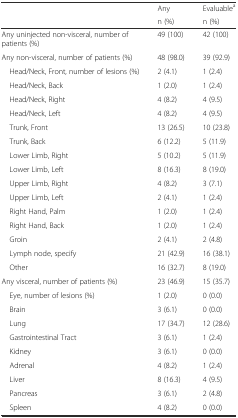
<table><thead><tr><td rowspan="2"></td><td><b>Any</b></td><td><b>Evaluable<sup>a</sup></b></td></tr><tr><td><b>n (%)</b></td><td><b>n (%)</b></td></tr></thead><tbody><tr><td>Any uninjected non-visceral, number of patients (%)</td><td>49 (100)</td><td>42 (100)</td></tr><tr><td>Any non-visceral, number of patients (%)</td><td>48 (98.0)</td><td>39 (92.9)</td></tr><tr><td> Head/Neck, Front, number of lesions (%)</td><td>2 (4.1)</td><td>1 (2.4)</td></tr><tr><td> Head/Neck, Back</td><td>1 (2.0)</td><td>1 (2.4)</td></tr><tr><td> Head/Neck, Right</td><td>4 (8.2)</td><td>4 (9.5)</td></tr><tr><td> Head/Neck, Left</td><td>4 (8.2)</td><td>4 (9.5)</td></tr><tr><td> Trunk, Front</td><td>13 (26.5)</td><td>10 (23.8)</td></tr><tr><td> Trunk, Back</td><td>6 (12.2)</td><td>5 (11.9)</td></tr><tr><td> Lower Limb, Right</td><td>5 (10.2)</td><td>5 (11.9)</td></tr><tr><td> Lower Limb, Left</td><td>8 (16.3)</td><td>8 (19.0)</td></tr><tr><td> Upper Limb, Right</td><td>4 (8.2)</td><td>3 (7.1)</td></tr><tr><td> Upper Limb, Left</td><td>2 (4.1)</td><td>1 (2.4)</td></tr><tr><td> Right Hand, Palm</td><td>1 (2.0)</td><td>1 (2.4)</td></tr><tr><td> Right Hand, Back</td><td>1 (2.0)</td><td>1 (2.4)</td></tr><tr><td> Groin</td><td>2 (4.1)</td><td>2 (4.8)</td></tr><tr><td> Lymph node, specify</td><td>21 (42.9)</td><td>16 (38.1)</td></tr><tr><td> Other</td><td>16 (32.7)</td><td>8 (19.0)</td></tr><tr><td>Any visceral, number of patients (%)</td><td>23 (46.9)</td><td>15 (35.7)</td></tr><tr><td> Eye, number of lesions (%)</td><td>1 (2.0)</td><td>0 (0.0)</td></tr><tr><td> Brain</td><td>3 (6.1)</td><td>0 (0.0)</td></tr><tr><td> Lung</td><td>17 (34.7)</td><td>12 (28.6)</td></tr><tr><td> Gastrointestinal Tract</td><td>3 (6.1)</td><td>1 (2.4)</td></tr><tr><td> Kidney</td><td>3 (6.1)</td><td>0 (0.0)</td></tr><tr><td> Adrenal</td><td>4 (8.2)</td><td>1 (2.4)</td></tr><tr><td> Liver</td><td>8 (16.3)</td><td>4 (9.5)</td></tr><tr><td> Pancreas</td><td>3 (6.1)</td><td>2 (4.8)</td></tr><tr><td> Spleen</td><td>4 (8.2)</td><td>0 (0.0)</td></tr></tbody></table>